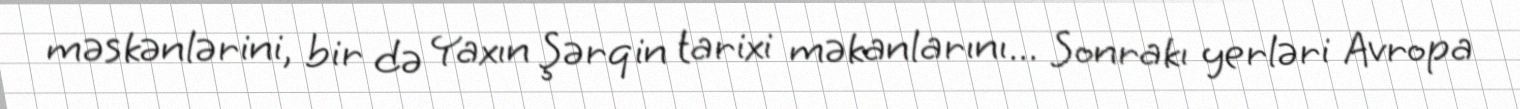
məskənlərini, bir də Yaxın Şərqin tarixi məkanlarını... Sonrakı yerləri Avropa